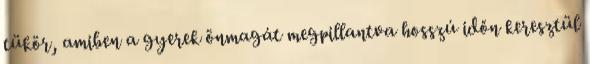
tükör, amiben a gyerek önmagát megpillantva hosszú időn keresztül